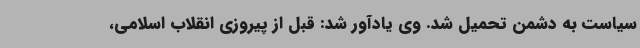
سیاست به دشمن تحمیل شد. وی یادآور شد: قبل از پیروزی انقلاب اسلامی،